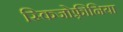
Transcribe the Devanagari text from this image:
स्किजोफ़्रीनिया